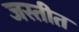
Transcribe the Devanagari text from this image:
जस्तीत